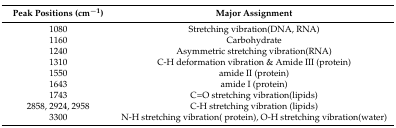
<table><thead><tr><td><b>Peak Positions (cm<sup>−1</sup>)</b></td><td><b>Major Assignment</b></td></tr></thead><tbody><tr><td>1080</td><td>Stretching vibration(DNA, RNA)</td></tr><tr><td>1160</td><td>Carbohydrate</td></tr><tr><td>1240</td><td>Asymmetric stretching vibration(RNA)</td></tr><tr><td>1310</td><td>C-H deformation vibration &amp; Amide III (protein)</td></tr><tr><td>1550</td><td>amide II (protein)</td></tr><tr><td>1643</td><td>amide I (protein)</td></tr><tr><td>1743</td><td>C=O stretching vibration(lipids)</td></tr><tr><td>2858, 2924, 2958</td><td>C-H stretching vibration (lipids)</td></tr><tr><td>3300</td><td>N-H stretching vibration( protein), O-H stretching vibration(water)</td></tr></tbody></table>